Lunatic asylums Punjab 1911-1921 - 1911-1921
Year: 1911
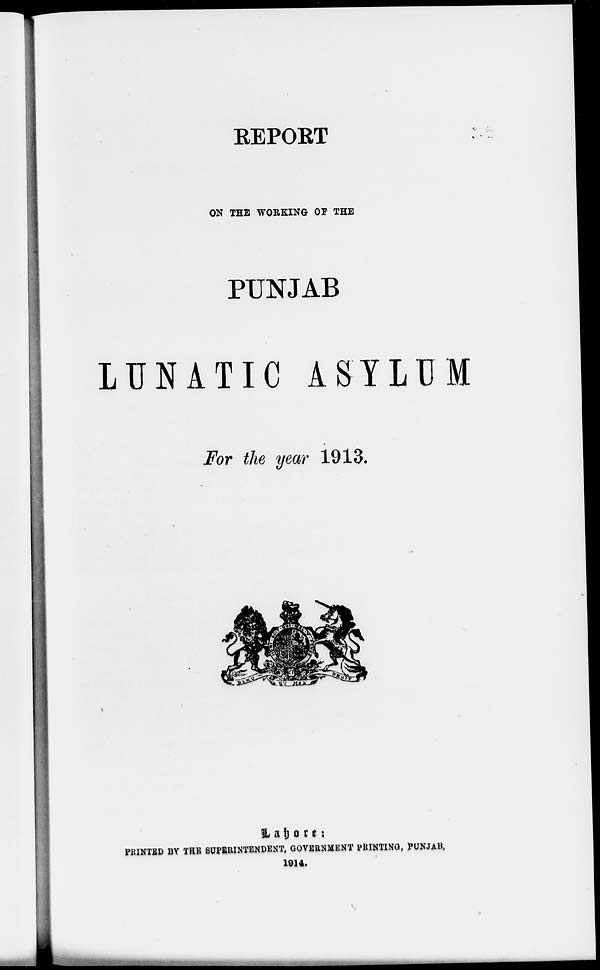
REPORT
ON THE WORKING OF THE
PUNJAB
LUNATIC ASYLUM
For the year 1913.
Lahore :
PRINTED BY THE SUPERINTENDENT, GOVERNMENT PRINTING, PUNJAB,
1914.